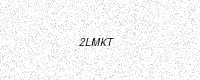
Text: 2LMKT